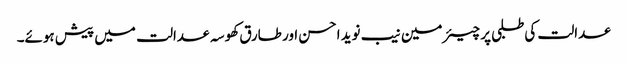
عدالت کی طلبی پر چیئرمین نیب نوید احسن اور طارق کھوسہ عدالت میں پیش ہوئے۔